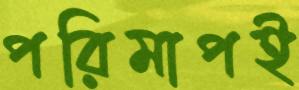
পরিমাপই